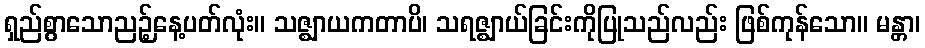
ရှည်စွာသောညဉ့်နေ့ပတ်လုံး။ သဇ္ဈာယကတာပိ၊ သရဇ္ဈာယ်ခြင်းကိုပြုသည်လည်း ဖြစ်ကုန်သော။ မန္တာ၊